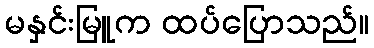
မနှင်းမြူက ထပ်ပြောသည်။